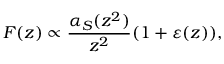
F ( z ) \propto { \frac { \alpha _ { S } ( z ^ { 2 } ) } { z ^ { 2 } } } ( 1 + \varepsilon ( z ) ) ,